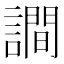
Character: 𧬘